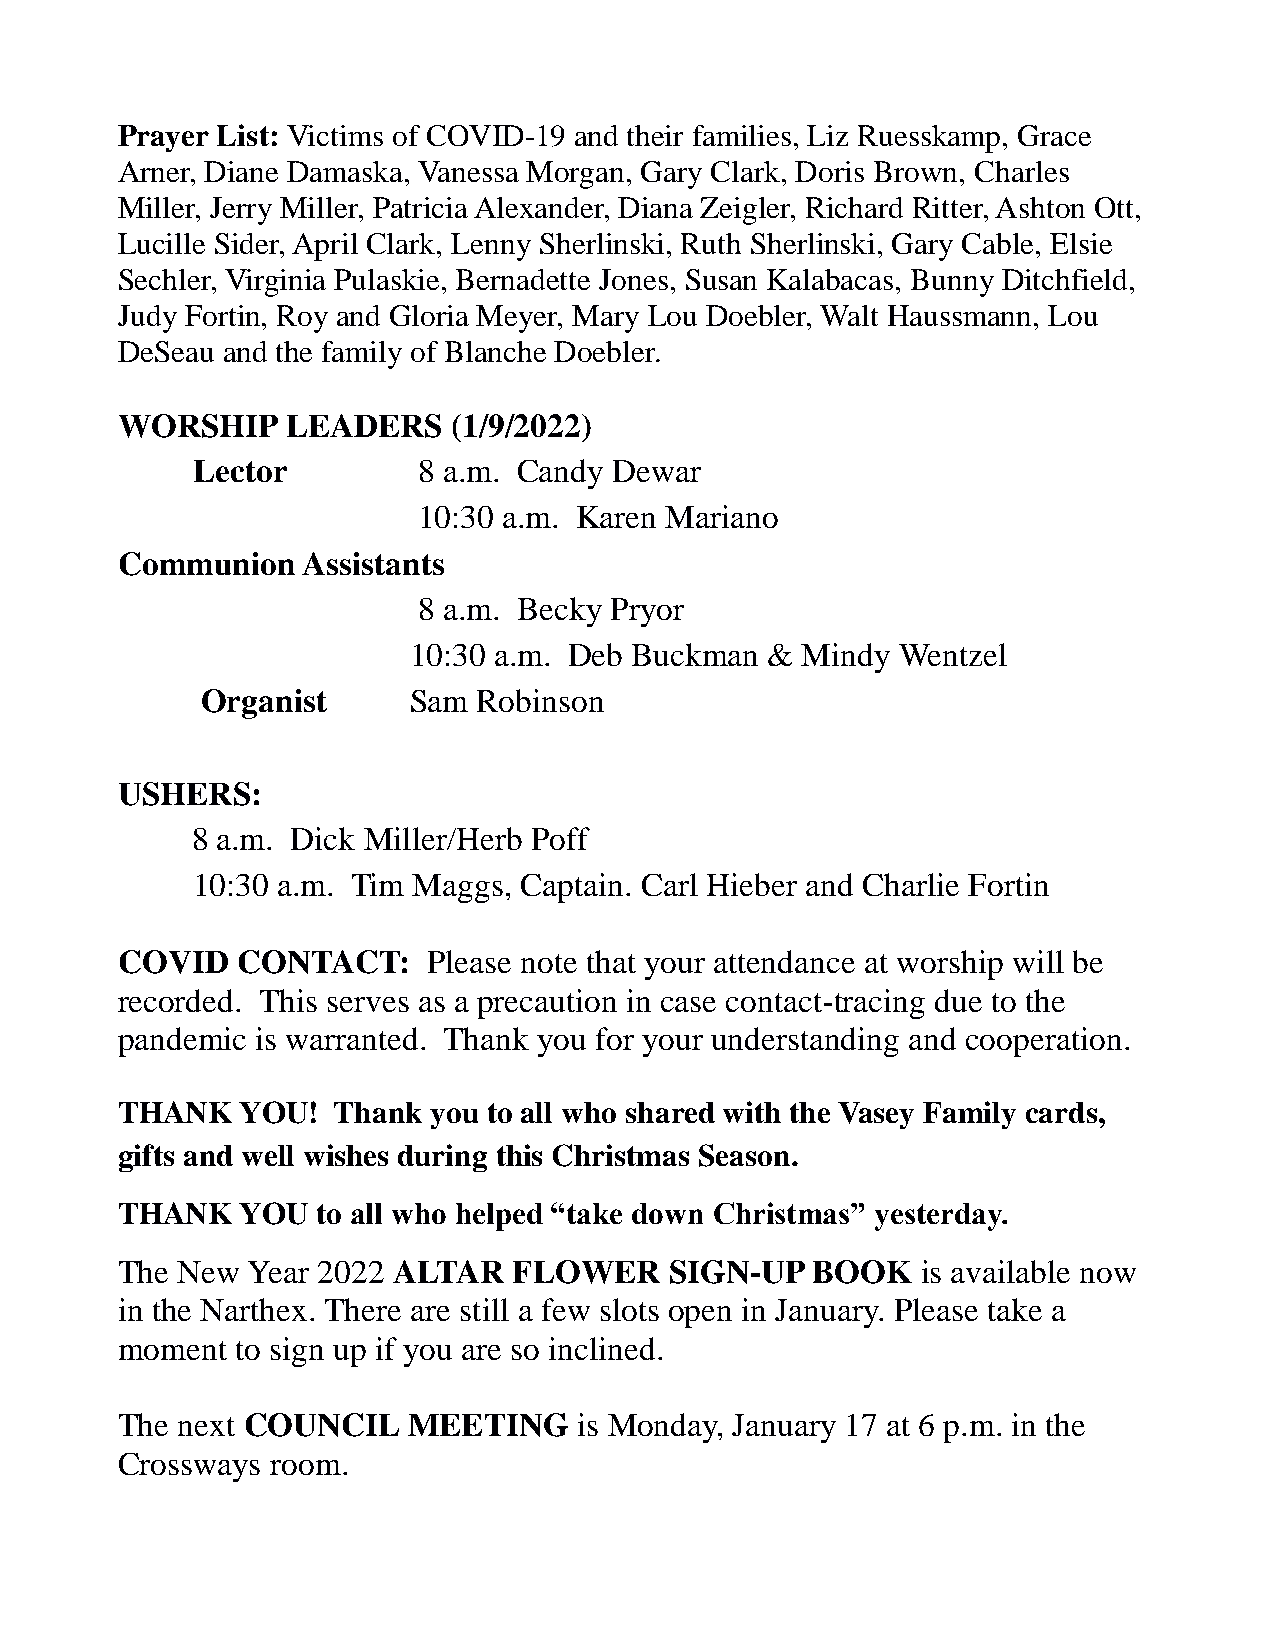
Prayer List: Victims of COVID-19 and their families, Liz Ruesskamp, Grace
 Arner, Diane Damaska, Vanessa Morgan, Gary Clark, Doris Brown, Charles
 Miller, Jerry Miller, Patricia Alexander, Diana Zeigler, Richard Ritter, Ashton Ott,
 Lucille Sider, April Clark, Lenny Sherlinski, Ruth Sherlinski, Gary Cable, Elsie
 Sechler, Virginia Pulaskie, Bernadette Jones, Susan Kalabacas, Bunny Ditchfield,
 Judy Fortin, Roy and Gloria Meyer, Mary Lou Doebler, Walt Haussmann, Lou
 DeSeau and the family of Blanche Doebler.
 WORSHIP    LEADERS    (1/9/2022)
 Lector         8 a.m. Candy Dewar
 10:30 a.m. Karen Mariano
 Communion   Assistants
 8 a.m. Becky Pryor
 10:30 a.m. Deb Buckman  & Mindy  Wentzel
 Organist      Sam  Robinson
 USHERS:
 8 a.m. Dick Miller/Herb Poff
 10:30 a.m. Tim Maggs, Captain. Carl Hieber and Charlie Fortin
 COVID   CONTACT:    Please note that your attendance at worship will be
 recorded. This serves as a precaution in case contact-tracing due to the
 pandemic is warranted. Thank you for your understanding and cooperation.
 THANK   YOU!  Thank you to all who shared with the Vasey Family cards,
 gifts and well wishes during this Christmas Season.
 THANK   YOU  to all who helped “take down Christmas” yesterday.
 The New Year 2022 ALTAR   FLOWER    SIGN-UP   BOOK   is available now
 in the Narthex. There are still a few slots open in January. Please take a
 moment  to sign up if you are so inclined.
 The next COUNCIL   MEETING    is Monday, January 17 at 6 p.m. in the
 Crossways room.